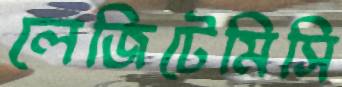
লেজিটেমিসি